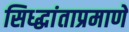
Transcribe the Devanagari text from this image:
सिध्द्धांताप्रमाणे